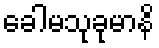
ခေါမသုခုမာနိ